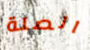
الصلة